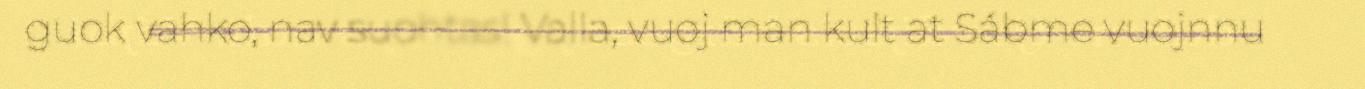
guok vahko, nav suohtas! Valla, vuoj man kult at Sábme vuojnnu